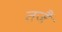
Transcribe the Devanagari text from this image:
तजैं